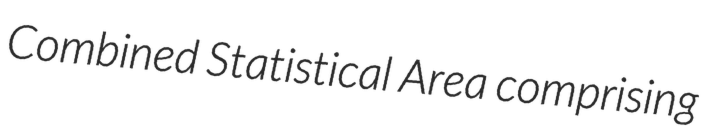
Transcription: Combined Statistical Area comprising